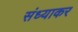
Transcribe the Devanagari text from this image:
संध्याकर